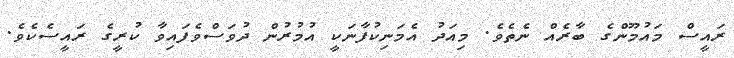
ރައީސް މައުމޫންގެ ބާރެއް ނެތެވެ. މިއަދު އެމަނިކުފާނަކީ އުމުރުން ދުވަސްވެފައިވާ ކުރީގެ ރައީސެކެވެ.